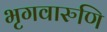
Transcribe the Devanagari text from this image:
भृगवारुणि